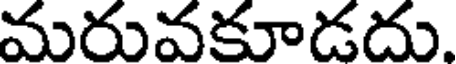
మరువకూడదు.